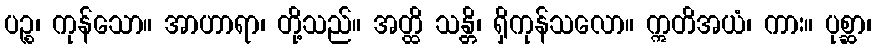
ပဉ္စ၊ ကုန်သော။ အာဟာရာ၊ တို့သည်။ အတ္ထိ သန္တိ၊ ရှိကုန်သလော။ ဣတိအယံ၊ ကား။ ပုစ္ဆာ၊